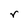
Character: r